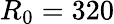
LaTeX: R_{0}=320